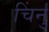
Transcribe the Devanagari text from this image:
चिनु